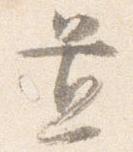
置